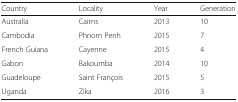
<table><thead><tr><td><b>Country</b></td><td><b>Locality</b></td><td><b>Year</b></td><td><b>Generation</b></td></tr></thead><tbody><tr><td>Australia</td><td>Cairns</td><td>2013</td><td>10</td></tr><tr><td>Cambodia</td><td>Phnom Penh</td><td>2015</td><td>7</td></tr><tr><td>French Guiana</td><td>Cayenne</td><td>2015</td><td>4</td></tr><tr><td>Gabon</td><td>Bakoumba</td><td>2014</td><td>10</td></tr><tr><td>Guadeloupe</td><td>Saint François</td><td>2015</td><td>5</td></tr><tr><td>Uganda</td><td>Zika</td><td>2016</td><td>3</td></tr></tbody></table>